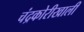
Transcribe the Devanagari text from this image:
चंद्रकोरीखाली